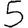
Digit: 5